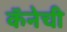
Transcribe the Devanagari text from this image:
कॅनेची